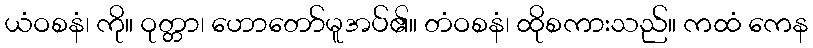
ယံဝစနံ၊ ကို။ ဝုတ္တာ၊ ဟောတော်မူအပ်၏။ တံဝစနံ၊ ထိုစကားသည်။ ကထံ ကေန